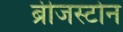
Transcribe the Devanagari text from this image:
ब्रीजस्टोन